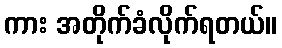
ကား အတိုက်ခံလိုက်ရတယ်။